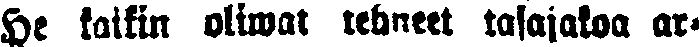
He kaikin oliwat tehneet tasajakoa ar-